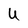
Character: U